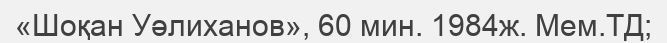
«Шоқан Уәлиханов», 60 мин. 1984ж. Мем.ТД;